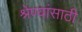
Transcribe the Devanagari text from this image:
श्रेण्यांसाठी